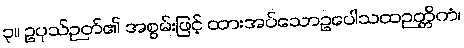
၃။ ဥပုသ်ဉတ်၏ အစွမ်းဖြင့် ထားအပ်သောဥပေါသထဉတ္တိကံ၊